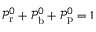
\mathcal P _ { \mathrm { r } } ^ { 0 } + \mathcal P _ { \mathrm { b } } ^ { 0 } + \mathcal P _ { \mathrm { p } } ^ { 0 } = 1